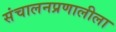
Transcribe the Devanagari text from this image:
संचालनप्रणालीला